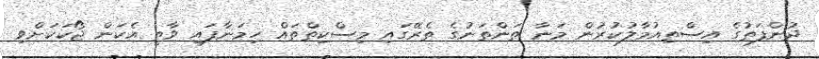
ދުންފަތުގެ އިސްތިއުމާލުކުރުން މަނާ ތަންތަނުގެ ތެރޭގައި މިސްކިތްތައް ހިމަނާފައި ވާތީ އެކަން ޖޯކަކަށްވި